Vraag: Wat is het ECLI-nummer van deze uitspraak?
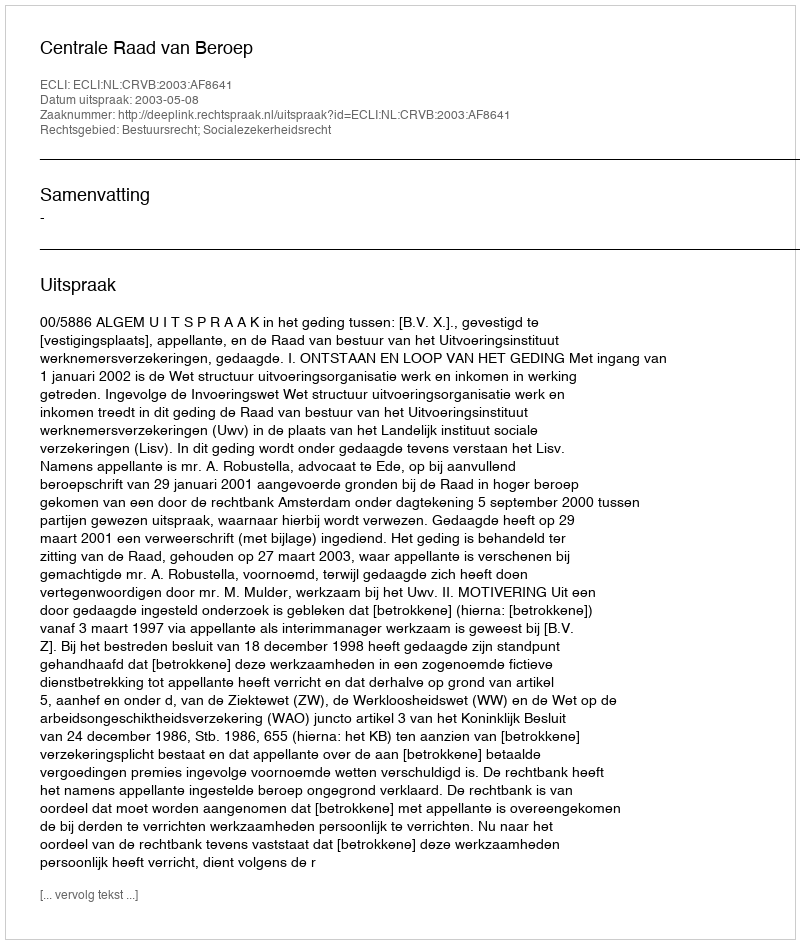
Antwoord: ECLI:NL:CRVB:2003:AF8641